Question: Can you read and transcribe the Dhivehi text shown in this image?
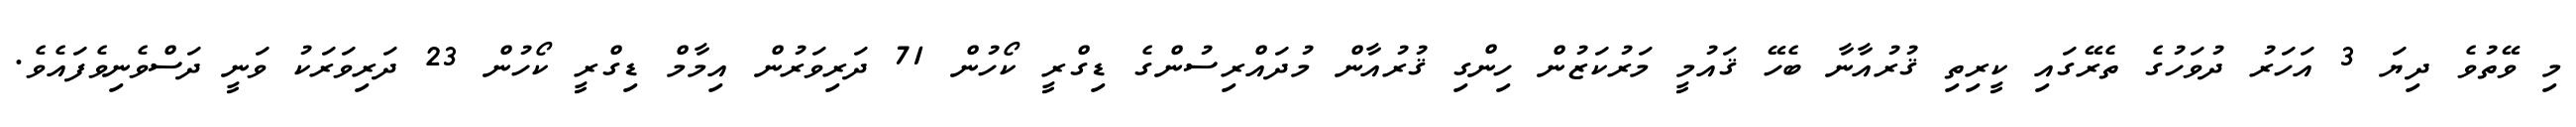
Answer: މި ވޭތުވެ ދިޔަ 3 އަހަރު ދުވަހުގެ ތެރޭގައި ކީރިތި ޤުރުއާނާ ބެހޭ ޤައުމީ މަރުކަޒުން ހިންގި ޤުރުއާން މުދައްރިސުންގެ ޑިގްރީ ކޯހުން 71 ދަރިވަރުން އިމާމް ޑިގްރީ ކޯހުން 23 ދަރިވަރަކު ވަނީ ދަސްވެނިވެފައެވެ.